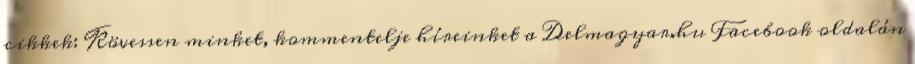
cikkek: Kövessen minket, kommentelje híreinket a Delmagyar.hu Facebook oldalán